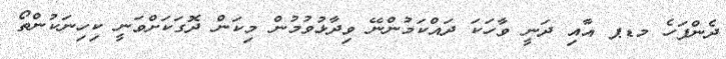
ދެންފަހެ މޑޕ އާއި ދަނީ ވާހަކަ ދައްކަމުންނޭ ވިދާޅުވުމުން މިކަން ދޮގަކަށްވަނީ ކިހިނަކުންތޯ